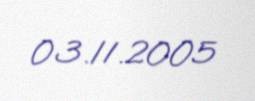
03.11.2005